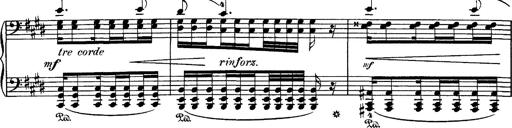
Title: Hungarian Rhapsody No.1
Composer: Franz Liszt
Key: C-sharp minor